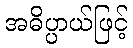
အဓိပ္ပာယ်ဖြင့်